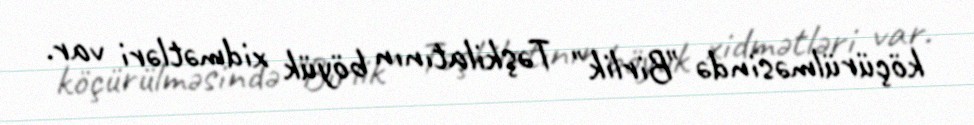
köçürülməsində "Birlik" Təşkilatının böyük xidmətləri var.